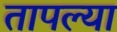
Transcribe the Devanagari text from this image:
तापल्या